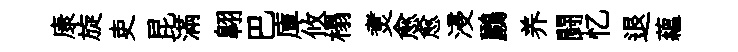
康旋吏昆滿翺巴庫攸榻煑愈愈浸鸝养闘忆退蘊